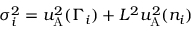
\sigma _ { i } ^ { 2 } = u _ { \mathrm { A } } ^ { 2 } ( \Gamma _ { i } ) + L ^ { 2 } u _ { \mathrm { A } } ^ { 2 } ( n _ { i } )